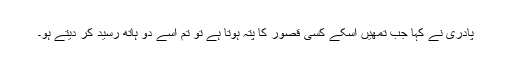
پادری نے کہا جب تمھیں اسکے کسی قصور کا پتہ ہوتا ہے تو تُم اسے دو ہاتھ رسید کر دیتے ہو۔